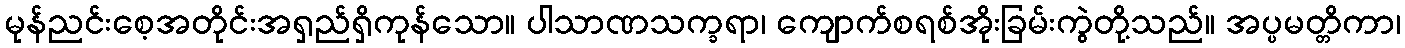
မုန်ညင်းစေ့အတိုင်းအရှည်ရှိကုန်သော။ ပါသာဏသက္ခရာ၊ ကျောက်စရစ်အိုးခြမ်းကွဲတို့သည်။ အပ္ပမတ္တိကာ၊